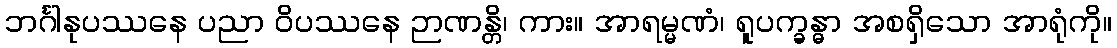
ဘင်္ဂါနုပဿနေ ပညာ ဝိပဿနေ ဉာဏန္တိ၊ ကား။ အာရမ္မဏံ၊ ရူပက္ခန္ဓာ အစရှိသော အာရုံကို။